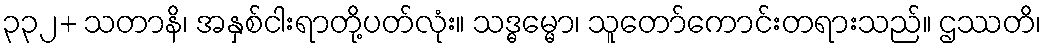
၃၃၂+ သတာနိ၊ အနှစ်ငါးရာတို့ပတ်လုံး။ သဒ္ဓမ္မော၊ သူတော်ကောင်းတရားသည်။ ဌဿတိ၊